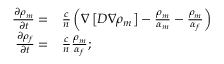
\begin{array} { r l } { \frac { \partial \rho _ { m } } { \partial t } = } & { \frac { c } { n } \left( \nabla \left[ D \nabla \rho _ { m } \right] - \frac { \rho _ { m } } { \alpha _ { m } } - \frac { \rho _ { m } } { \alpha _ { f } } \right) } \\ { \frac { \partial \rho _ { f } } { \partial t } = } & { \frac { c } { n } \frac { \rho _ { m } } { \alpha _ { f } } ; } \end{array}